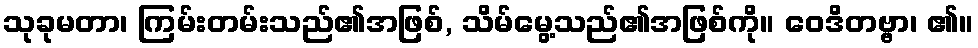
သုခုမတာ၊ ကြမ်းတမ်းသည်၏အဖြစ်, သိမ်မွေ့သည်၏အဖြစ်ကို။ ဝေဒိတဗ္ဗာ၊ ၏။